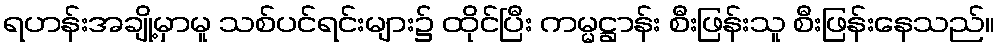
ရဟန်းအချို့မှာမူ သစ်ပင်ရင်းများ၌ ထိုင်ပြီး ကမ္မဋ္ဌာန်း စီးဖြန်းသူ စီးဖြန်းနေသည်။